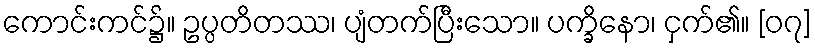
ကောင်းကင်၌။ ဥပ္ပတိတဿ၊ ပျံတက်ပြီးသော။ ပက္ခိနော၊ ငှက်၏။ [၀၇]